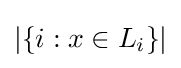
\left|\left\{i:x\in L_{i}\right\}\right|